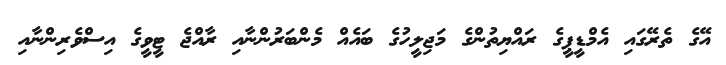
އޭގެ ތެރޭގައި އެމްޑީޕީގެ ރައްޔިތުންގެ މަޖިލީހުގެ ބައެއް މެންބަރުންނާއި ރާއްޖެ ޓީވީގެ އިސްވެރިންނާއި